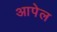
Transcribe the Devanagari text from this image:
आपेल